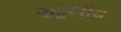
ઑલીવ